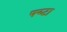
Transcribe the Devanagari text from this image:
फ्य्टा